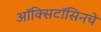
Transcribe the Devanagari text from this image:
ऑक्सिटॉसिनचे